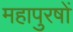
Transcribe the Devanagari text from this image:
महापुरषों